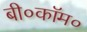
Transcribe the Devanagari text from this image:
बी०कॉम०